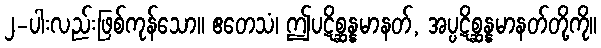
၂-ပါးလည်းဖြစ်ကုန်သော။ ဧတေသံ၊ ဤပဋိစ္ဆန္နမာနတ်, အပ္ပဋိစ္ဆန္နမာနတ်တို့ကို။